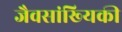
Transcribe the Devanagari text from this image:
जैवसांख्‍यिकी